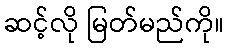
ဆင့်လို မြတ်မည်ကို။